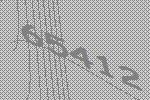
65412